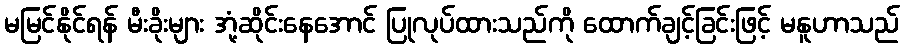
မမြင်နိုင်ရန် မီးခိုးများ အုံ့ဆိုင်းနေအောင် ပြုလုပ်ထားသည်ကို ထောက်ချင့်ခြင်းဖြင့် မနူဟာသည်